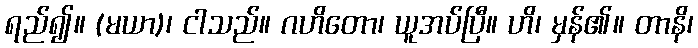
ရည်၍။ (မယာ)၊ ငါသည်။ ဂဟိတော၊ ယူအပ်ပြီ။ ဟိ၊ မှန်၏။ တာနိ၊